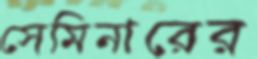
সেমিনারের